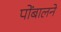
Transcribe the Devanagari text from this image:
पोंबालने